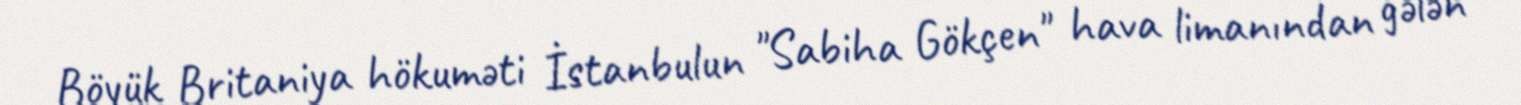
Böyük Britaniya hökuməti İstanbulun "Sabiha Gökçen" hava limanından gələn